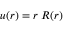
u ( r ) = r \; R ( r )